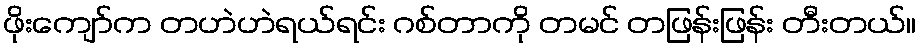
ဖိုးကျော်က တဟဲဟဲရယ်ရင်း ဂစ်တာကို တမင် တဖြန်းဖြန်း တီးတယ်။